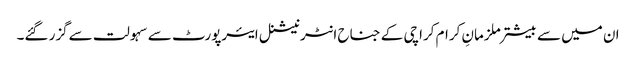
ان میں سے بیشتر ملزمانِ کرام کراچی کے جناح انٹرنیشنل ایئرپورٹ سے سہولت سےگزر گئے۔